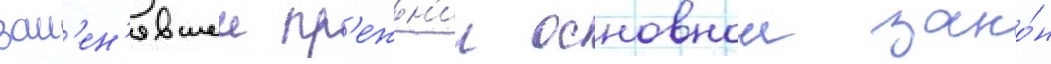
зам'ен'явшеи пр'ежн'ии основнои зако́н